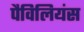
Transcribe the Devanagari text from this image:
पैविलियंस